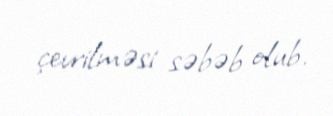
çevrilməsi səbəb olub.